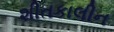
શીતકાલીન